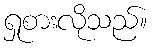
ရှုစားလိုသည်။